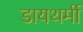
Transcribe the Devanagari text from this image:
डायथर्मी